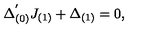
\Delta _ { ( 0 ) } ^ { ' } J _ { ( 1 ) } + \Delta _ { ( 1 ) } = 0 ,